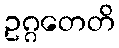
ဥဂ္ဂတေတိ